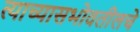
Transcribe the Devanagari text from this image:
त्याच्यासभोवतीलचे